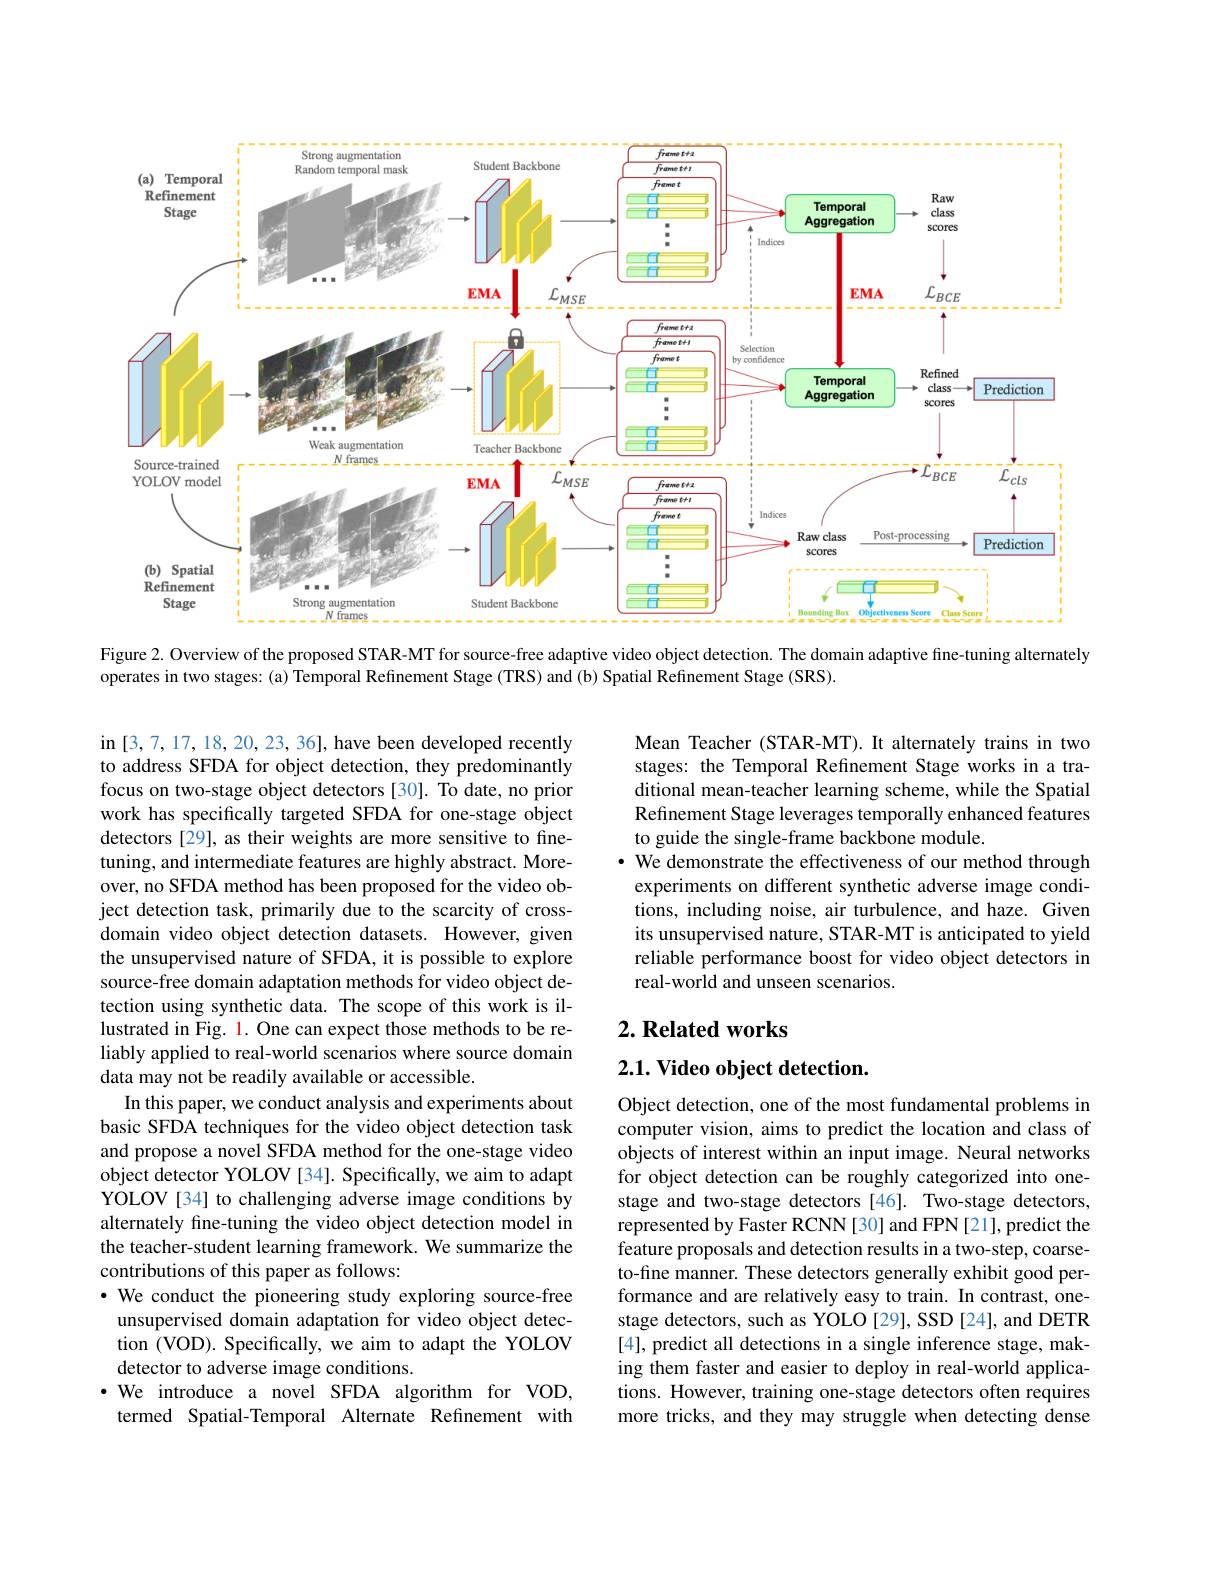
<FigureHere>
Figure 2. Overview of the proposed STAR-MT for source-free adaptive video object detection. The domain adaptive fine-tuning alternately

operates in two stages: (a) Temporal Refinement Stage (TRS) and (b) Spatial Refinement Stage (SRS).

Mean Teacher (STAR-MT). It alternately trains in two stages: the Temporal Refinement Stage works in a traditional mean-teacher learning scheme, while the Spatial Refinement Stage leverages temporally enhanced features to guide the single-frame backbone module.
· We demonstrate the effectiveness of our method through experiments on different synthetic adverse image conditions, including noise, air turbulence, and haze. Given its unsupervised nature, STAR-MT is anticipated to yield reliable performance boost for video object detectors in real-world and unseen scenarios.

### $2. \textbf{Related works}$

$2. 1. \textbf{ Video object detection}.$

in [3,7,17,18,20,23,36],have been developed recently to address SFDA for object detection, they predominantly focus on two-stage object detectors [30]. To date, no prior work has specifically targeted SFDA for one-stage object detectors [29], as their weights are more sensitive to finetuning, and intermediate features are highly abstract. Moreover, no SFDA method has been proposed for the video object detection task, primarily due to the scarcity of crossdomain video object detection datasets. However, given the unsupervised nature of SFDA, it is possible to explore source-free domain adaptation methods for video object detection using synthetic data. The scope of this work is illustrated in Fig. 1. One can expect those methods to be reliably applied to real-world scenarios where source domain data may not be readily available or accessible.
In this paper, we conduct analysis and experiments about basic SFDA techniques for the video object detection task and propose a novel SFDA method for the one-stage video object detector YOLOV [34]. Specifically, we aim to adapt YOLOV[34] to challenging adverse image conditions by alternately fine-tuning the video object detection model in the teacher-student learning framework. We summarize the contributions of this paper as follows:
·We conduct the pioneering study exploring source-free unsupervised domain adaptation for video object detection (VOD). Specifically, we aim to adapt the YOLOV detector to adverse image conditions.
$\cdot$ We introduce a novel SFDA algorithm for VOD, termed Spatial-Temporal Alternate Refinement with

Object detection, one of the most fundamental problems in computer vision, aims to predict the location and class of objects of interest within an input image. Neural networks for object detection can be roughly categorized into onestage and two-stage detectors [46]. Two-stage detectors, represented by Faster RCNN [30] and FPN [21], predict the feature proposals and detection results in a two-step, coarseto-fine manner. These detectors generally exhibit good performance and are relatively easy to train. In contrast, onestage detectors, such as YOLO [29], SSD [24], and DETR [4], predict all detections in a single inference stage, making them faster and easier to deploy in real-world applications. However, training one-stage detectors often requires more tricks, and they may struggle when detecting dense